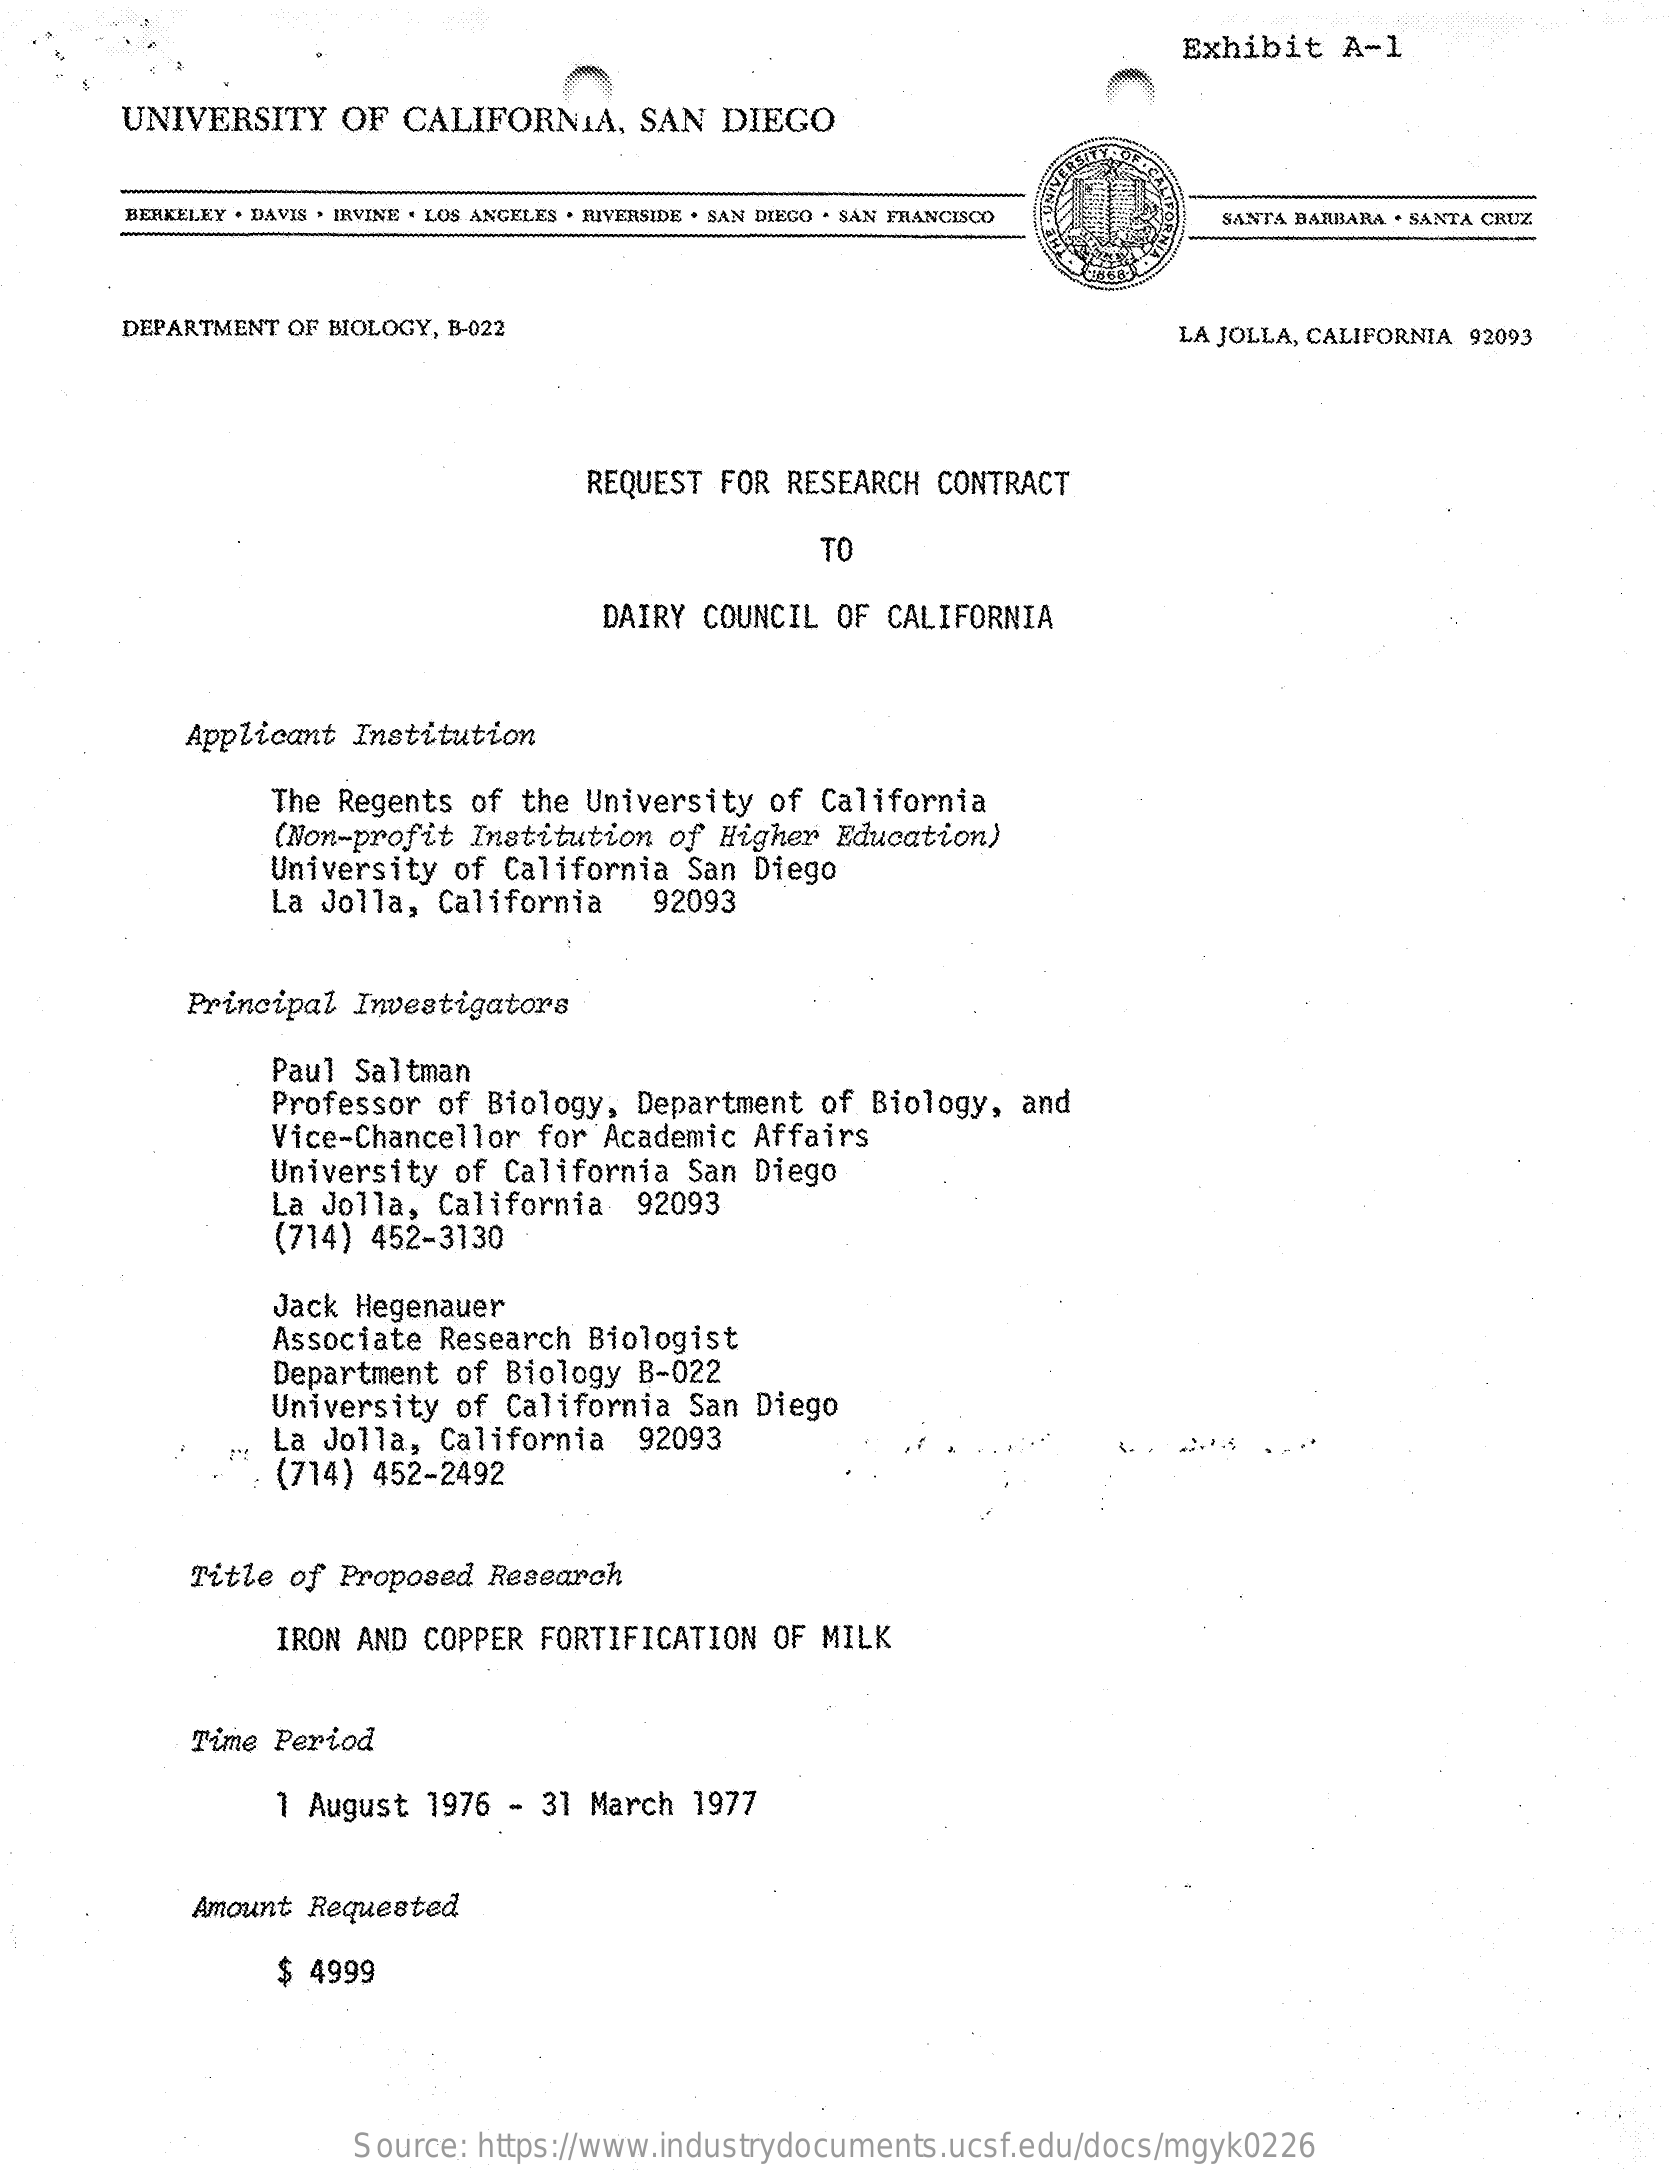
Exhibit  A-1
     UNIVERSITY   OF  CALIFORNIA,   SAN  DIEGO
     BERKELEY . DAVIS . IRVINE . LOS ANGELES . RIVERSIDE . SAN DIEGO . SAN FRANCISCO SANTA BARBARA . SANTA CRUZ
     DEPARTMENT OF BIOLOGY, B-022    LA JOLLA, CALIFORNIA 92093
     REQUEST FOR RESEARCH CONTRACT
     TO
     DAIRY COUNCIL OF CALIFORNIA
     Applicant Institution
     The Regents of the University of California
     (Non-profit Institution of Higher Education)
     University of California San Diego
     La Jolla, California   92093
     Principal Investigators
     Paul Saltman
     Professor of Biology, Department of Biology, and
     Vice-Chancellor for Academic Affairs
     University of California San Diego
     La Jolla, California  92093
     (714) 452-3130
     Jack Hegenauer
     Associate Research Biologist
     Department of Biology B-022
     University of California San Diego
     La Jolla, California  92093
     (714) 452-2492
     Title of Proposed Research
     IRON AND COPPER FORTIFICATION OF MILK
     Time Period
     1 August 1976 - 31 March 1977
     Amount Requested
     $ 4999
     Source: https://www.industrydocuments.ucsf.edu/docs/mgyk0226